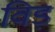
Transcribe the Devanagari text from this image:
विड़